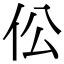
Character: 伀